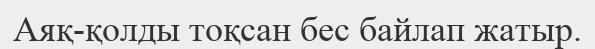
Аяқ-қолды тоқсан бес байлап жатыр.